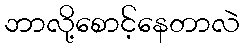
ဘာလို့စောင့်နေတာလဲ